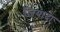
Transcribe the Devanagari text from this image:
ज़ियादा